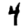
Digit: 4